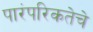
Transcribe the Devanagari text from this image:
पारंपरिकतेचे